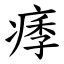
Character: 痵